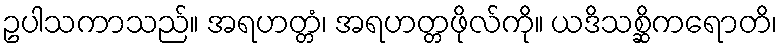
ဥပါသကာသည်။ အရဟတ္တံ၊ အရဟတ္တဖိုလ်ကို။ ယဒိသစ္ဆိကရောတိ၊